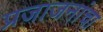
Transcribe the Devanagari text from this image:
प्रजाजनांचा